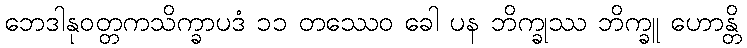
ဘေဒါနုဝတ္တကသိက္ခာပဒံ ၁၁ တဿေဝ ခေါ ပန ဘိက္ခုဿ ဘိက္ခူ ဟောန္တိ